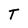
Character: T